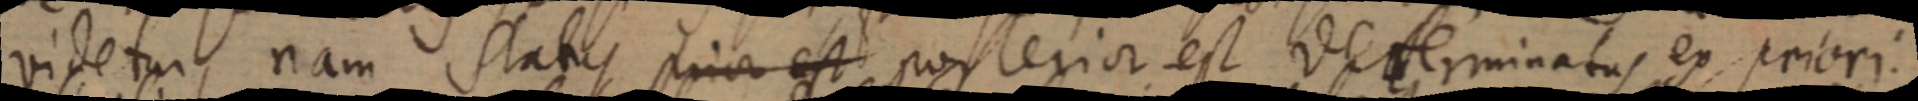
videtur, nam status prior est posterior est determinatus ex priori